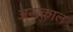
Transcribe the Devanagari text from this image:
अन्यकाल